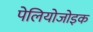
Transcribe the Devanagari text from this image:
पेलियोजोइक